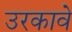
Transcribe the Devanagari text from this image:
उरकावे